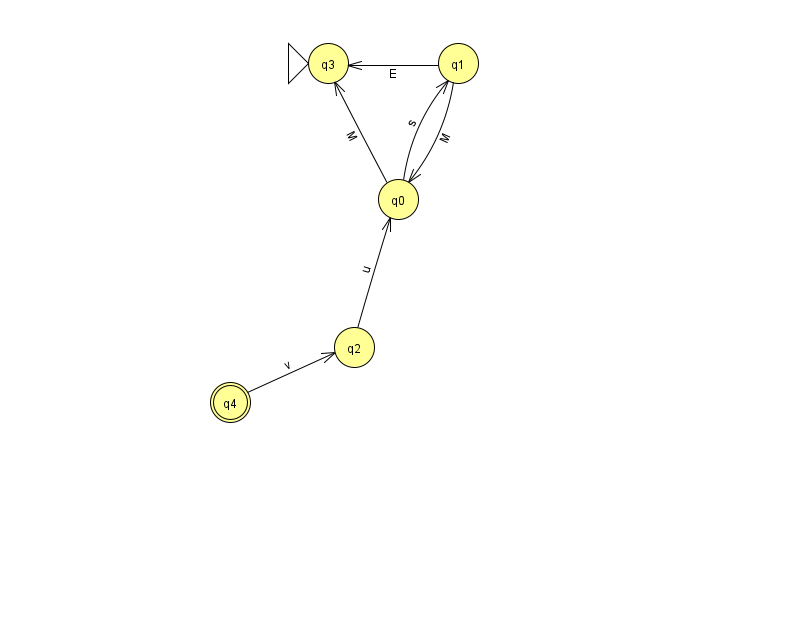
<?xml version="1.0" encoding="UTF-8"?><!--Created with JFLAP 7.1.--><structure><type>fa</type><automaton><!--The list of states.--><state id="0" name="q0"><x>398.0</x><y>186.0</y></state><state id="1" name="q1"><x>458.0</x><y>50.0</y></state><state id="2" name="q2"><x>354.0</x><y>334.0</y></state><state id="3" name="q3"><x>328.0</x><y>50.0</y><initial/></state><state id="4" name="q4"><x>230.0</x><y>389.0</y><final/></state><!--The list of transitions.--><transition><from>0</from><to>1</to><read>s</read></transition><transition><from>2</from><to>0</to><read>u</read></transition><transition><from>0</from><to>3</to><read>M</read></transition><transition><from>4</from><to>2</to><read>v</read></transition><transition><from>1</from><to>0</to><read>M</read></transition><transition><from>1</from><to>3</to><read>E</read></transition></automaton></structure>